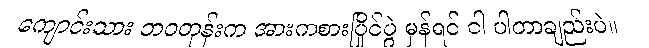
ကျောင်းသား ဘဝတုန်းက အားကစားပြိုင်ပွဲ မှန်ရင် ငါ ပါတာချည်းပဲ။